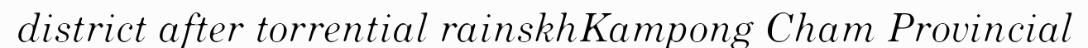
district after torrential rainskhKampong Cham Provincial